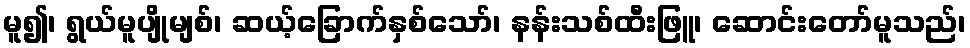
မူ၍၊ ရွယ်မူပျိုမျစ်၊ ဆယ့်ခြောက်နှစ်သော်၊ နန်းသစ်ထီးဖြူ၊ ဆောင်းတော်မူသည်၊